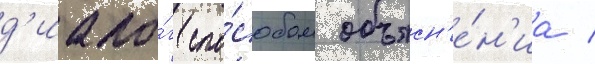
д'иало́г спо́собом объясн'е́н'иа /